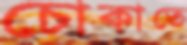
চোকাতে